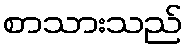
စာသားသည်